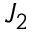
J _ { 2 }